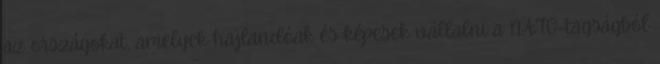
az országokat, amelyek hajlandóak és képesek vállalni a NATO-tagságból